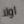
اولا